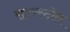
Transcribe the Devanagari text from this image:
राइन्स्टोन